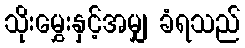
သိုးမွှေးနှင့်အမျှ ခံရသည်